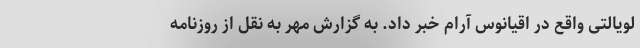
لویالتی واقع در اقیانوس آرام خبر داد. به گزارش مهر به نقل از روزنامه